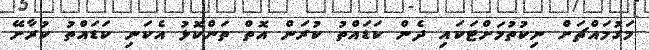
މަގުމައްޗަށް ނިކުތުމަށްޓަކައި ދެން ކަޑައްތު ކުރަން އޮތް ތަންކޮޅު އެކަނި ކަޑައްތު ކުރާށޭ